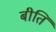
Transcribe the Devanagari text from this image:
बीति